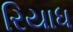
રિયાધ